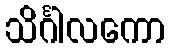
သိင်္ဂါလကော